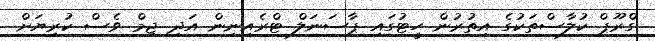
ގްރޫޕް ކުލާސްތަކުގެ އިތުރުން ހީޓުގައި ޕާސަނަލް ޓްރެއިނިން އަދި ޖިމް ވެސް ކުރިޔަށް